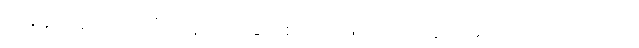
အချိန်အခါဝယ် သင်္ဂါယနာတင်ခြင်း စသည်ဖြင့် ထထကြွကြွ ရှိကြ၍လည်းကောင်း